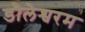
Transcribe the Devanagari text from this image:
डौलेश्वरम